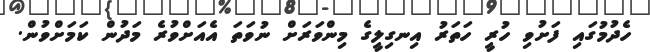
ހެދުމުގައި ފަށުވި ހުރީ ހަތަރު އިނގިލީގެ މިންވަރަށް ނުވަތަ އެއަށްވުރެ މަދުން ކަމަށްވުން.